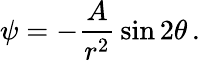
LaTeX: \psi=-{\frac{A}{r^{2}}}\sin 2\theta\, .